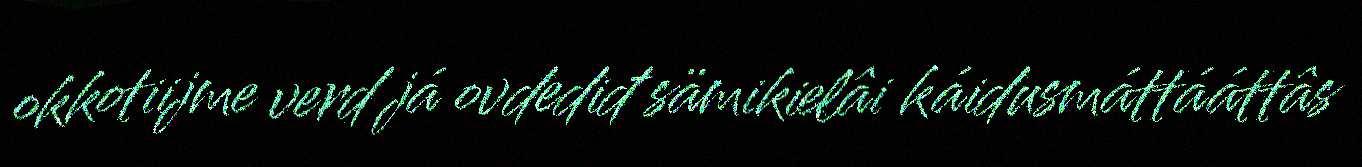
okkotiijme verd já ovdediđ sämikielâi káidusmáttááttâs